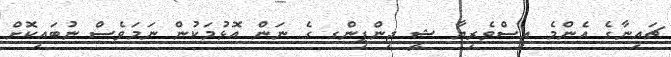
ޗައިނާގެ އެންމެ އިސްވެރިޔާ ޝީ ޖިންޕިންގ ގެ ނަން އޮޅުމަކުން ނަމަވެސް ނުބައިކޮށް